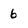
Character: 6